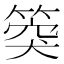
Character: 𥯝